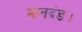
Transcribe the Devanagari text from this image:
मानदंड।